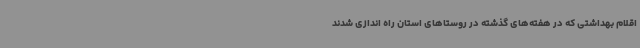
اقلام بهداشتی که در هفته‌های گذشته در روستاهای استان راه اندازی شدند